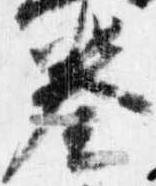
奏